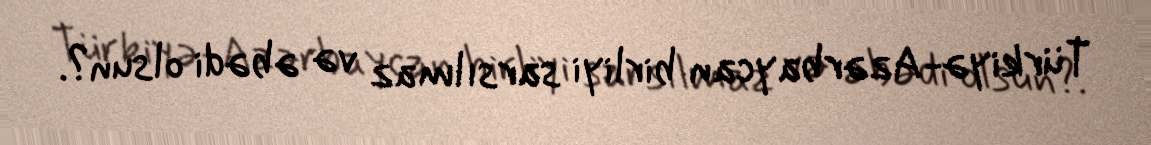
Türkiyə-Azərbaycan birliyi sarsılmaz və əbədi olsun?.